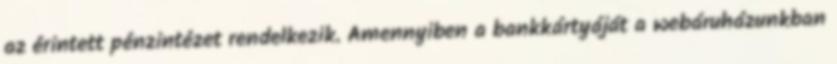
az érintett pénzintézet rendelkezik. Amennyiben a bankkártyáját a webáruházunkban